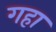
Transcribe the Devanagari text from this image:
गहा